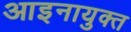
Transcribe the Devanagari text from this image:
आइनायुक्त